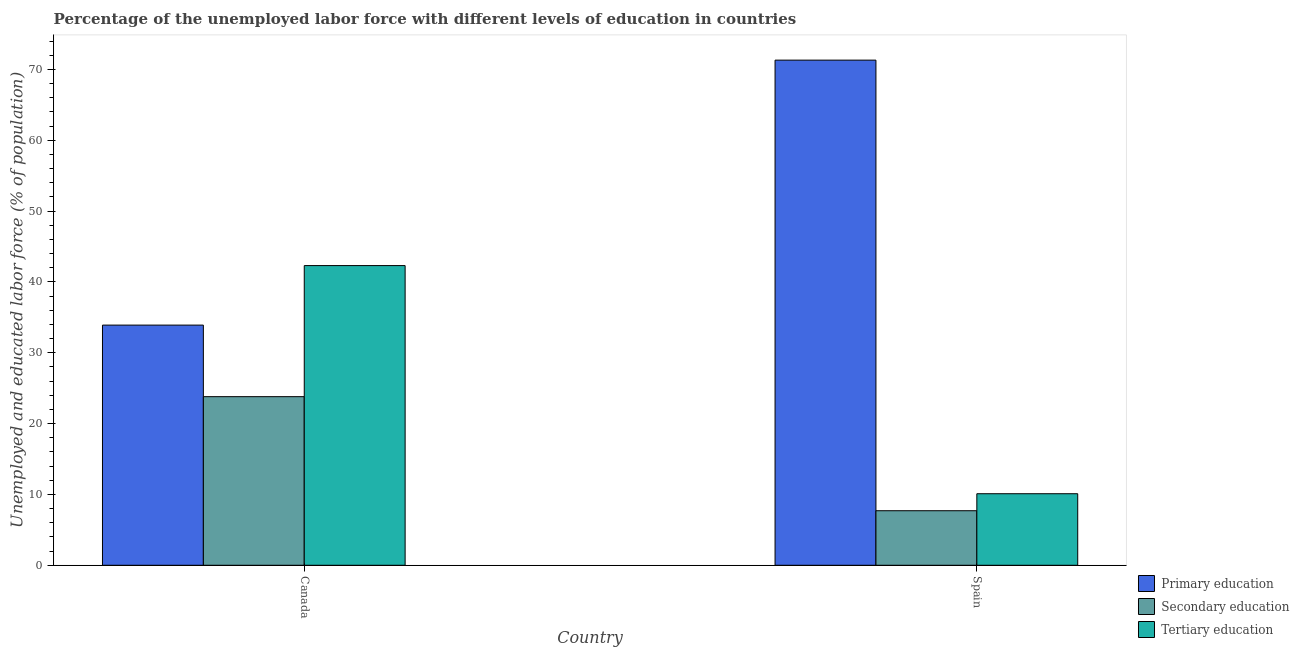
| Country | Primary education | Secondary education | Tertiary education |
 | --- | --- | --- | --- |
 | Canada | 33.9 | 23.8 | 42.3 |
 | Spain | 71.3 | 7.7 | 10.1 |